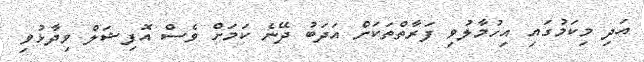
އަދި މިކަމުގައި އިހުމާލުވި ފަރާތްތަކަށް އަދަބު ދޭނެ ކަމަށް ވެސް އޮފިޝަލް ވިދާޅުވި